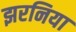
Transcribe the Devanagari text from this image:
झरनिया